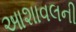
આશાવલની